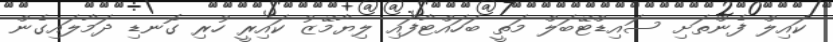
ކައިލް ފެންތަށި ސައިޑްޓޭބަލް މަތީ ބަހައްޓާފައި ލިޔާމޭޒު ކައިރީ ހުރި ގޮނޑި ދަމާލައިގެން